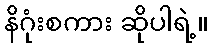
နိဂုံးစကား ဆိုပါရဲ့။